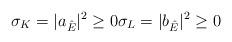
LaTeX: \begin{align*}\sigma_K=|a_{\hat{E}}|^2 \geq 0\sigma_L=|b_{\hat{E}}|^2 \geq 0\end{align*}